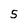
Character: 5